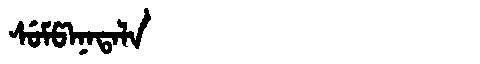
Manchu: ᠰᡠᠮᡦᠠᠨᠠᡨᠠᠯᠠ
Romanization: SUMPANATALA